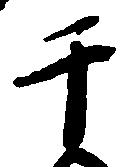
于